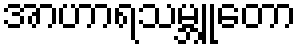
အာဟာရသမ္ဘူတော